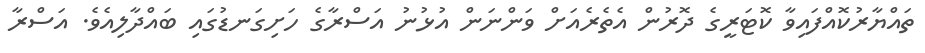
ތައްޔާރުކޮއްފައިވާ ކޮޓަރީގެ ދޮރުން އެތެރެއަށް ވަންނަން އުޅުނު އަސްރާގެ ހަށިގަނޑުގައި ބައްދާލިއެވެ. އަސްރާ